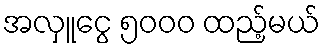
အလှူငွေ ၅၀၀၀ ထည့်မယ်